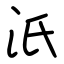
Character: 汦